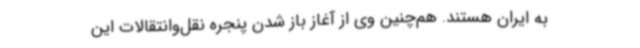
به ایران هستند. هم‌چنین وی از آغاز باز شدن پنجره نقل‌وانتقالات این